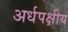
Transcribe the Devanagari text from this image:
अर्धपक्षीय